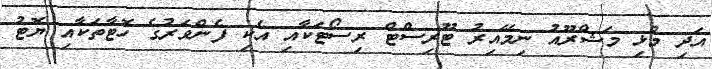
އަދި މުޅި މަޝްރޫއު ނިމޭއިރު ޓޫރިސްޓް ރިސޯޓަކާއި އެކި ފެންވަރުގެ ހޮޓާތަކާއި ޔޮޓު